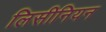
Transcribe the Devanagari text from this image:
लिसीनियन